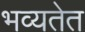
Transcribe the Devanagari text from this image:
भव्यतेत